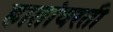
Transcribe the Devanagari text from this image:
हातांवरती